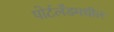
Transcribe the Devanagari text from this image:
पोर्टलँडमधील